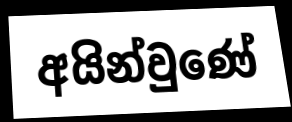
අයින්වුණේ